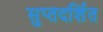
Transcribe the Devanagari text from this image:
सुप्तदर्शित